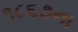
૧૮૬૭ના